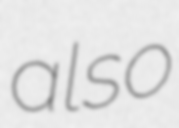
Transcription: also